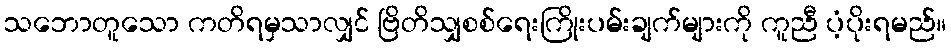
သဘောတူသော ကတိရမှသာလျှင် ဗြိတိသျှစစ်ရေးကြိုးပမ်းချက်များကို ကူညီ ပံ့ပိုးရမည်။